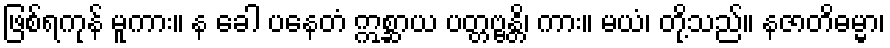
ဖြစ်ရကုန် မူကား။ န ခေါ ပနေတံ ဣစ္ဆာယ ပတ္တဗ္ဗန္တိ၊ ကား။ မယံ၊ တို့သည်။ နဇာတိဓမ္မာ၊